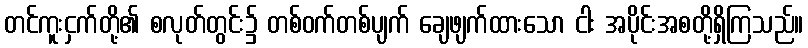
တင်ကူးငှက်တို့၏ စလုတ်တွင်း၌ တစ်ဝက်တစ်ပျက် ချေဖျက်ထားသော ငါး အပိုင်းအစတို့ရှိကြသည်။